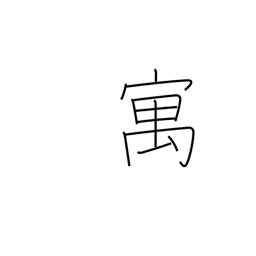
Meaning: temporary abode